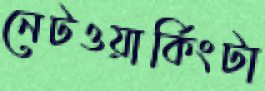
নেটওয়ার্কিংটা